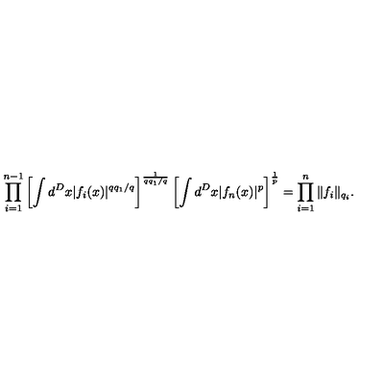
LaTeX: \prod _ { i = 1 } ^ { n - 1 } \left[ \int d ^ { D } x | f _ { i } ( x ) | ^ { q q _ { 1 } / q } \right] ^ { \frac { 1 } { q q _ { 1 } / q } } \left[ \int d ^ { D } x | f _ { n } ( x ) | ^ { p } \right] ^ { \frac { 1 } { p } } = \prod _ { i = 1 } ^ { n } \| f _ { i } \| _ { q _ { i } } .